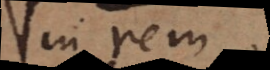
in rem.